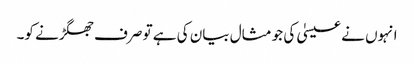
انہوں نے عیسیٰ کی جو مثال بیان کی ہے تو صرف جھگڑنے کو۔